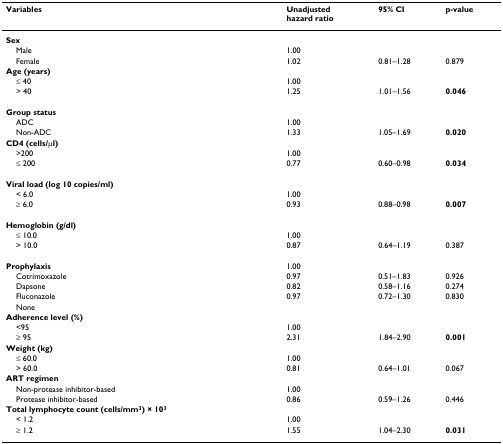
<table><thead><tr><td><b>Variables</b></td><td><b>Unadjustedhazard ratio</b></td><td><b>95% CI</b></td><td><b>p-value</b></td></tr></thead><tbody><tr><td><b>Sex</b></td><td></td><td></td><td></td></tr><tr><td> Male</td><td>1.00</td><td></td><td></td></tr><tr><td> Female</td><td>1.02</td><td>0.81–1.28</td><td>0.879</td></tr><tr><td><b>Age (years)</b></td><td></td><td></td><td></td></tr><tr><td> ≤ 40</td><td>1.00</td><td></td><td></td></tr><tr><td> &gt; 40</td><td>1.25</td><td>1.01–1.56</td><td><b>0.046</b></td></tr><tr><td><b>Group status</b></td><td></td><td></td><td></td></tr><tr><td> ADC</td><td>1.00</td><td></td><td></td></tr><tr><td> Non-ADC</td><td>1.33</td><td>1.05–1.69</td><td><b>0.020</b></td></tr><tr><td><b>CD4 (cells/μl)</b></td><td></td><td></td><td></td></tr><tr><td> &gt;200</td><td>1.00</td><td></td><td></td></tr><tr><td> ≤ 200</td><td>0.77</td><td>0.60–0.98</td><td><b>0.034</b></td></tr><tr><td><b>Viral load (log 10 copies/ml)</b></td><td></td><td></td><td></td></tr><tr><td> &lt; 6.0</td><td>1.00</td><td></td><td></td></tr><tr><td> ≥ 6.0</td><td>0.93</td><td>0.88–0.98</td><td><b>0.007</b></td></tr><tr><td><b>Hemoglobin (g/dl)</b></td><td></td><td></td><td></td></tr><tr><td> ≤ 10.0</td><td>1.00</td><td></td><td></td></tr><tr><td> &gt; 10.0</td><td>0.87</td><td>0.64–1.19</td><td>0.387</td></tr><tr><td><b>Prophylaxis</b></td><td>1.00</td><td></td><td></td></tr><tr><td> Cotrimoxazole</td><td>0.97</td><td>0.51–1.83</td><td>0.926</td></tr><tr><td> Dapsone</td><td>0.82</td><td>0.58–1.16</td><td>0.274</td></tr><tr><td> Fluconazole</td><td>0.97</td><td>0.72–1.30</td><td>0.830</td></tr><tr><td> None</td><td></td><td></td><td></td></tr><tr><td><b>Adherence level (%)</b></td><td></td><td></td><td></td></tr><tr><td> &lt;95</td><td>1.00</td><td></td><td></td></tr><tr><td> ≥ 95</td><td>2.31</td><td>1.84–2.90</td><td><b>0.001</b></td></tr><tr><td><b>Weight (kg)</b></td><td></td><td></td><td></td></tr><tr><td> ≤ 60.0</td><td>1.00</td><td></td><td></td></tr><tr><td> &gt; 60.0</td><td>0.81</td><td>0.64–1.01</td><td>0.067</td></tr><tr><td><b>ART regimen</b></td><td></td><td></td><td></td></tr><tr><td> Non-protease inhibitor-based</td><td>1.00</td><td></td><td></td></tr><tr><td> Protease inhibitor-based</td><td>0.86</td><td>0.59–1.26</td><td>0.446</td></tr><tr><td><b>Total lymphocyte count (cells/mm<sup>3</sup>) × 10<sup>3</sup></b></td><td></td><td></td><td></td></tr><tr><td> &lt; 1.2</td><td>1.00</td><td></td><td></td></tr><tr><td> ≥ 1.2</td><td>1.55</td><td>1.04–2.30</td><td><b>0.031</b></td></tr></tbody></table>